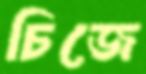
চিজে